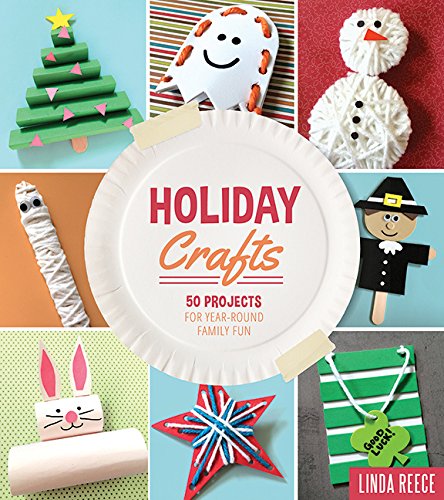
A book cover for Holiday Crafts: 50 Projects for Year-Round Family Fun; Linda Reece; Crafts, Hobbies & Home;